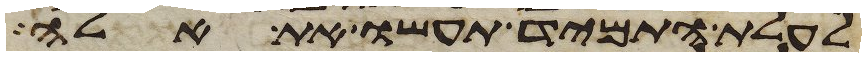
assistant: לעלת התמיד תעשו את אלה